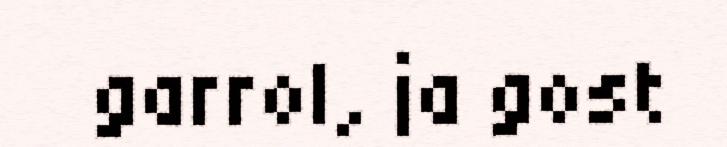
garrol, ja gost